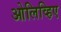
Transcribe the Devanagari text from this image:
ओलिव्हिए